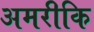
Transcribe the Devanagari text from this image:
अमरीकि